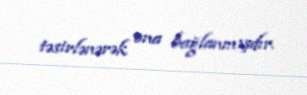
təsirlənərək ona bağlanmışdır.